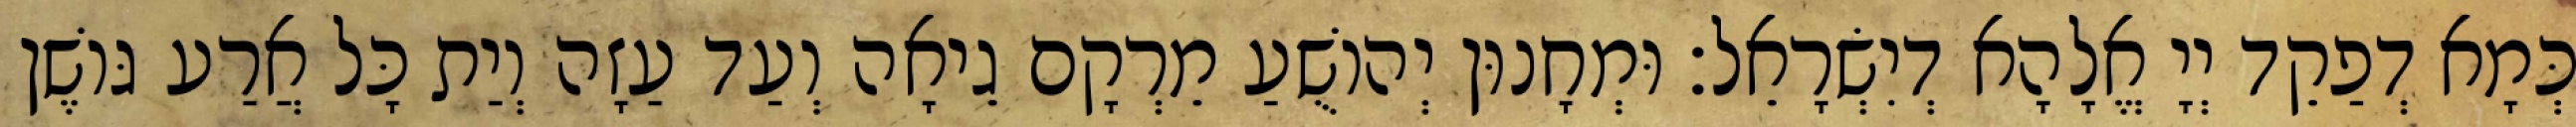
כְּמָא דְפַקֵד יְיָ אֱלָהָא דְיִשְׂרָאֵל׃ וּמְחָנוּן יְהוֹשֻׁעַ מֵרְקָם גֵיאָה וְעַד עַזָה וְיַת כָּל אֲרַע גּוֹשֶׁן